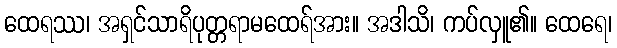
ထေရဿ၊ အရှင်သာရိပုတ္တရာမထေရ်အား။ အဒါသိ၊ ကပ်လှူ၏။ ထေရေ၊